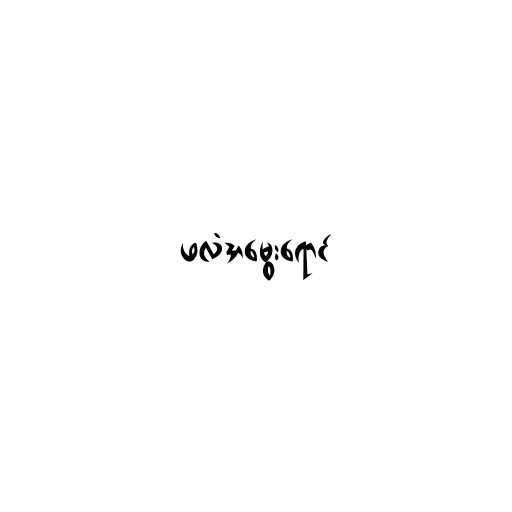
ဖလံအမွေးရောင်